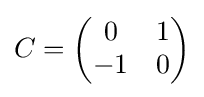
C=\left({\begin{matrix}0&1\\-1&0\end{matrix}}\right)